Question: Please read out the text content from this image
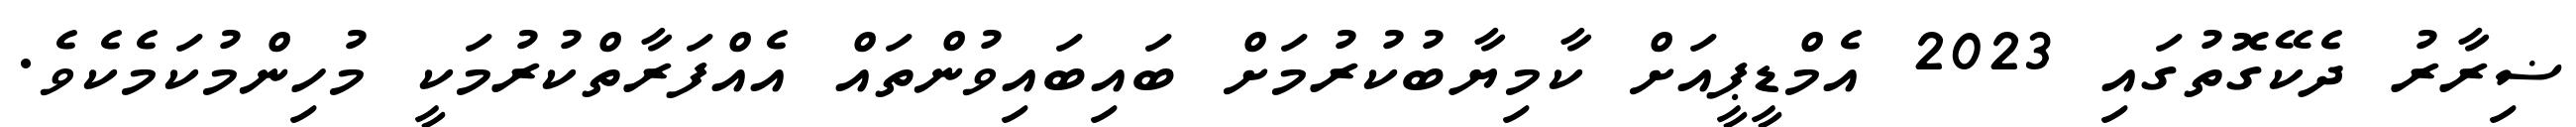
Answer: ޟިރާރު ދެކޭގޮތުގައި 2023 އެމްޑީޕީއަށް ކާމިޔާބުކުރުމަށް ބައިބައިވުންތައް އެއްފަރާތްކުރުމަކީ މުހިންމުކަމެކެވެ.